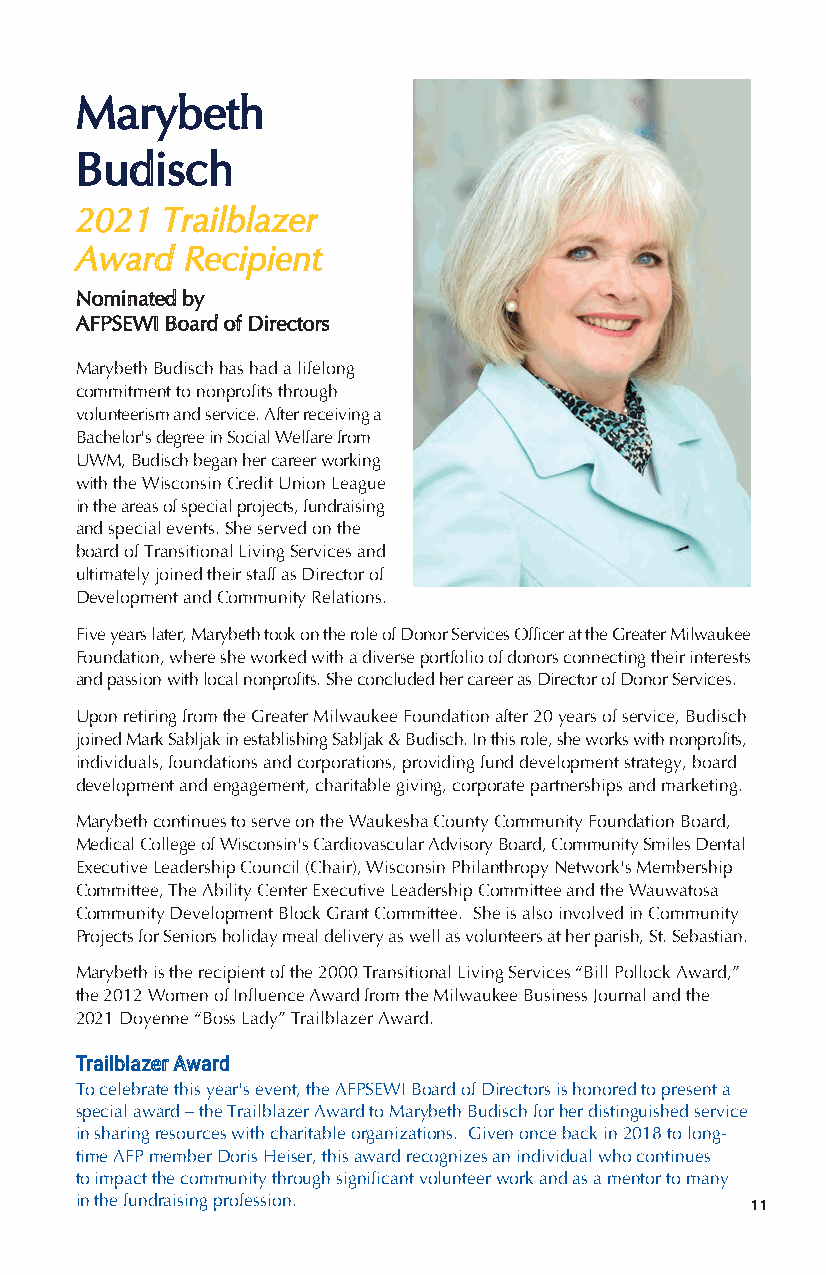
Marybeth
 Budisch
 2021  Trailblazer
 Award  Recipient
 Nominated by
 AFPSEWI Board of Directors
 Marybeth Budisch has had a lifelong
 commitment to nonprofits through
 volunteerism and service. After receiving a
 Bachelor's degree in Social Welfare from
 UWM, Budisch began her career working
 with the Wisconsin Credit Union League
 in the areas of special projects, fundraising
 and special events. She served on the
 board of Transitional Living Services and
 ultimately joined their staff as Director of
 Development and Community Relations.
 Five years later, Marybeth took on the role of Donor Services Officer at the Greater Milwaukee
 Foundation, where she worked with a diverse portfolio of donors connecting their interests
 and passion with local nonprofits. She concluded her career as Director of Donor Services.
 Upon retiring from the Greater Milwaukee Foundation after 20 years of service, Budisch
 joined Mark Sabljak in establishing Sabljak & Budisch. In this role, she works with nonprofits,
 individuals, foundations and corporations, providing fund development strategy, board
 development and engagement, charitable giving, corporate partnerships and marketing.
 Marybeth continues to serve on the Waukesha County Community Foundation Board,
 Medical College of Wisconsin's Cardiovascular Advisory Board, Community Smiles Dental
 Executive Leadership Council (Chair), Wisconsin Philanthropy Network's Membership
 Committee, The Ability Center Executive Leadership Committee and the Wauwatosa
 Community Development Block Grant Committee. She is also involved in Community
 Projects for Seniors holiday meal delivery as well as volunteers at her parish, St. Sebastian.
 Marybeth is the recipient of the 2000 Transitional Living Services “Bill Pollock Award,”
 the 2012 Women of Influence Award from the Milwaukee Business Journal and the
 2021 Doyenne “Boss Lady” Trailblazer Award.
 Trailblazer Award
 To celebrate this year's event, the AFPSEWI Board of Directors is honored to present a
 special award – the Trailblazer Award to Marybeth Budisch for her distinguished service
 in sharing resources with charitable organizations. Given once back in 2018 to long-
 time AFP member Doris Heiser, this award recognizes an individual who continues
 to impact the community through significant volunteer work and as a mentor to many
 in the fundraising profession.
 11